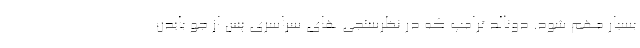
بسیار مهم شود. دونالد ترامپ که در نظرسنجی های سراسری پس از جو بایدن